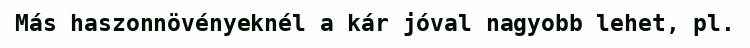
Más haszonnövényeknél a kár jóval nagyobb lehet, pl.